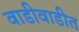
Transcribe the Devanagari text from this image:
वाडीवाडीत